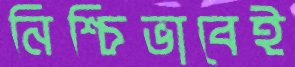
নিশ্চিভাবেই